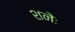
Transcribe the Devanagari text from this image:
शनेः